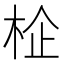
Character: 𱣕